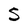
Character: 5